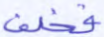
فخلف